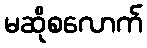
မဆိုစလောက်